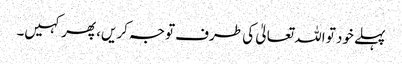
پہلے خود تو اللہ تعالیٰ کی طرف توجہ کریں، پھر کہیں۔